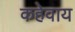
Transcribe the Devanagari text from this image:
कहेवाय